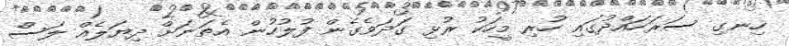
ހިނގި ސަރަހައްދުގައި ހުރި މީހަކު ރުޅި ގަދަވެގެން ފުލުހުން އެތަނަށް ދިޔަލެއް ލަސް